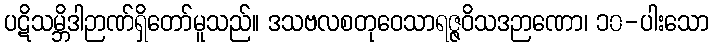
ပဋိသမ္ဘိဒါဉာဏ်ရှိတော်မူသည်။ ဒသဗလစတုဝေသာရဇ္ဇဝိသဒဉာဏော၊ ၁၀-ပါးသော